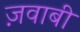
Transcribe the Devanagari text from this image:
ज़वाबी